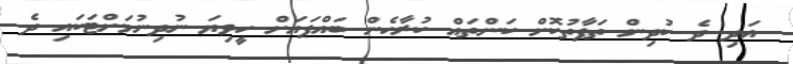
އަދި ދެ ކުދިން ތަފާތުކޮށް ކަންތައް ކުރާހެން ބައްޕައަށް ހީވިޔަ ނުދިނުމަށްޓަކައި ދެ